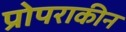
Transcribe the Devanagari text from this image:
प्रोपराकीन